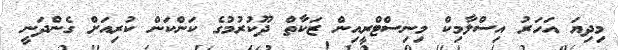
މިދިޔަ އަހަރު އިސްލާމިކް މިނިސްޓްރީއިން ޒަކާތް ދޫކުރުމުގެ ކަންކަން ކުރިއަށް ގެންދަނީ